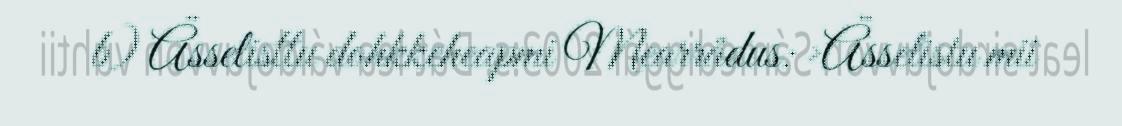
b) Ässelisttu dohkkeheapmi Mearrådus: >Ässelistu mii